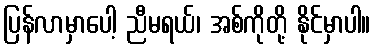
ပြန်လာမှာပေါ့ ညီမရယ်၊ အစ်ကိုတို့ နိုင်မှာပါ။